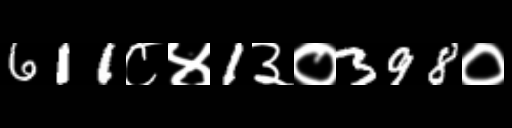
Text: 611८४1३०398०